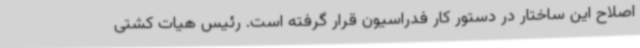
اصلاح این ساختار در دستور کار فدراسیون قرار گرفته است. رئیس هیات کشتی